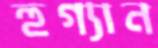
হুগ্যান